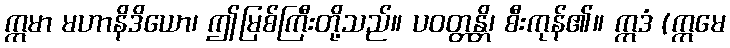
ဣမာ မဟာနိဒိယော၊ ဤမြစ်ကြီးတို့သည်။ ပဝတ္တန္တိ၊ စီးကုန်၏။ ဣဒံ (ဣမေ